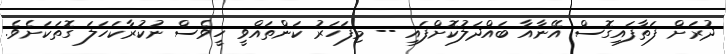
ދުރަށް ފަތާފައިގޮސް އޭނާއާ ބައްދަލުކޮށްފައި -- މިފަހަރު ކަންތައްވީ ހީވެސް ނުކުރާކަހަލަ ގޮތަކަށެވެ.